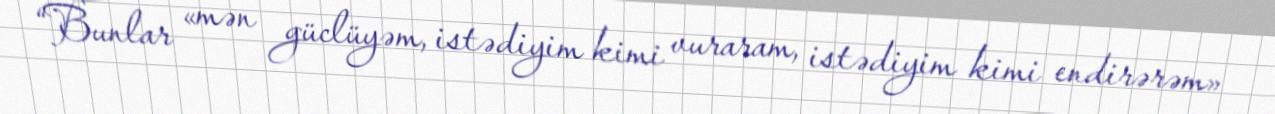
“Bunlar «mən güclüyəm, istədiyim kimi vuraram, istədiyim kimi endirərəm»